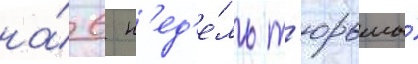
на́ 6 н'ед'е́ль т'юрьмы́